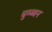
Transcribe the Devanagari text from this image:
चुम्ब्बन